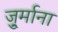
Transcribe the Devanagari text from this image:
जु्र्माना